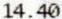
14.40